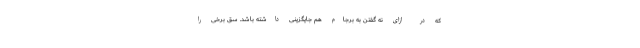
که در ازای نه گفتن به برجام هم جایگزینی داشته باشد. سَقِ برخی‌ را